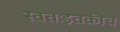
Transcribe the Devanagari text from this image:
स्वतःइतकीच